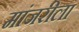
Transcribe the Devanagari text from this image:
मांजरीला